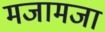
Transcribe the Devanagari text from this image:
मजामजा